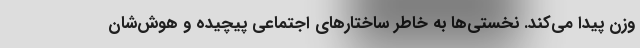
وزن پیدا می‌کند. نخستی‌ها به خاطر ساختارهای اجتماعی پیچیده و هوش‌شان